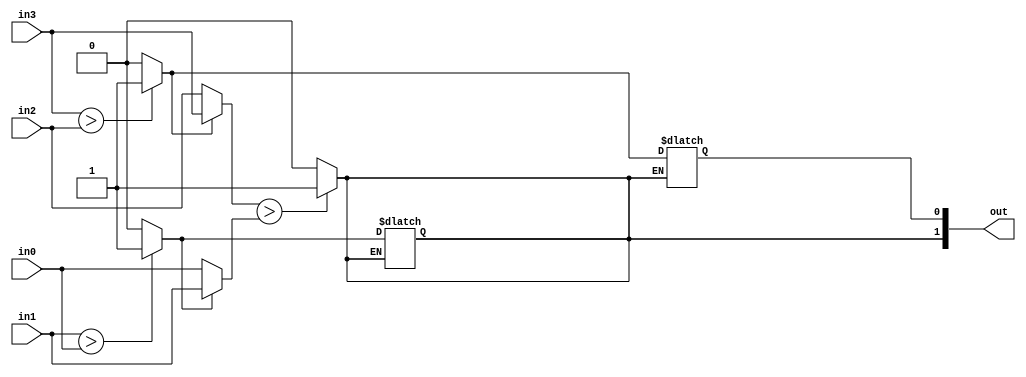
`timescale 1ns / 1ps
//////////////////////////////////////////////////////////////////////////////////
// Company: 
// Engineer: 
// 
// Design Name: 
// Module Name: arbiter
// Project Name: 
// Target Devices: 
// Tool Versions: 
// Description: 
// 
// Dependencies: 
// 
// Revision:
// Revision 0.01 - File Created
// Additional Comments:
// 
//////////////////////////////////////////////////////////////////////////////////


module arbiter(out, in0, in1, in2, in3);

input [6:0] in0, in1, in2, in3;
output reg [1:0] out;

wire [6:0] m0win, m1win;
reg c1gt2, c3gt2;

always @(*) begin
if (in1 > in0)
    c1gt2 = 1;
else
    c1gt2 = 0;
end

assign m0win = (c1gt2)? in1 : in0;

always @(*) begin
if (in3 > in2)
    c3gt2 = 1;
else
    c3gt2 = 0;
end

assign m1win = (c3gt2)? in3 : in2;

always @(*) begin
if (m1win > m0win)
    out[1] = 1;
else
    out[1] = 0;
end

always @(*) begin
if (out[1] == 0)
    out[0] = c3gt2;
else
    out[1] = c1gt2;
end

endmodule